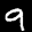
Label: 9